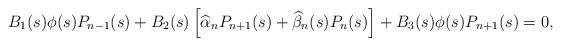
LaTeX: \begin{align*}\!\!\!\!\!\!\!\!\!\!\!B_1(s)\phi(s)P_{n-1}(s)+B_2(s)\left[\widehat{\alpha}_{n}P_{n+1}(s)+\widehat{\beta}_{n}(s)P_n(s)\right]+B_3(s)\phi(s)P_{n+1}(s)=0,\end{align*}